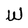
Character: W